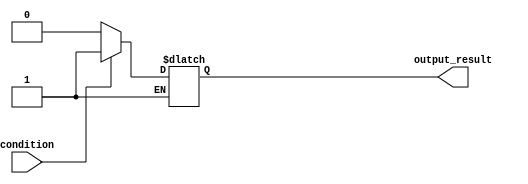
module if_else_nagation (
    input wire condition,
    output reg output_result
);

always @(*)
begin
    if (condition) begin
        // Execute this block of code if the condition is true
        output_result <= 1;
    end
    else if (~condition) begin
        // Execute this block of code if the negation of the condition is true
        output_result <= 0;
    end
end

endmodule